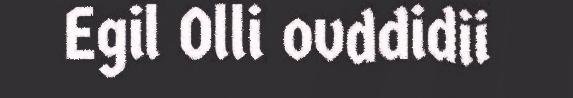
Egil Olli ovddidii